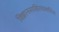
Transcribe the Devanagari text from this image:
विज्ञानसाहित्याकरिता